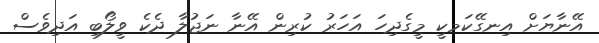
އޭނާޔަށް އިނގޭކަމކީ މީގެދިހަ އަހަރު ކުރިން އޭނާ ނަޖުލާ ދެކެ ވީލޯބި އަދިވެސް